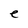
Character: e